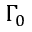
\Gamma _ { 0 }